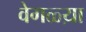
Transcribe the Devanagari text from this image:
वेगळ्य़ा